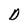
Character: D